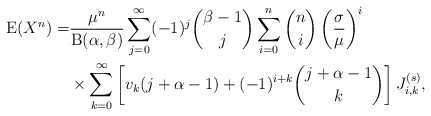
\begin{align*}\mathrm{E}(X^n)=&\frac{\mu^n}{\mathrm{B}(\alpha,\beta)}\sum_{j=0}^{\infty}(-1)^j\binom{\beta-1}{j}\sum_{i=0}^n\binom{n}{i}\left(\frac{\sigma}{\mu}\right)^i\\&\times\sum_{k=0}^\infty\left[v_k(j+\alpha-1)+(-1)^{i+k}\binom{j+\alpha-1}{k}\right]J_{i,k}^{(s)},\end{align*}